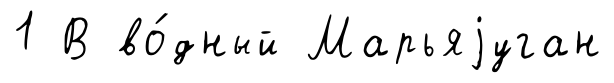
1 В во́дный Марьяjуган